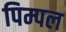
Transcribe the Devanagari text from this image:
पिम्पल